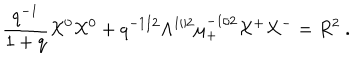
\frac { q ^ { - 1 } } { 1 + q } { \cal X } ^ { 0 } { \cal X } ^ { 0 } + q ^ { - 1 / 2 } \Lambda ^ { 1 / 2 } \mu _ { + } ^ { - 1 / 2 } { \cal X } ^ { + } { \cal X } ^ { - } = R ^ { 2 } ~ .